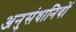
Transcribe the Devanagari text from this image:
अनुसंधानियों